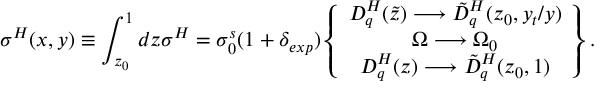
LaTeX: \sigma ^ { H } ( x , y ) \equiv \int _ { z _ { 0 } } ^ { 1 } d z \sigma ^ { H } = \sigma _ { 0 } ^ { s } ( 1 + \delta _ { e x p } ) \left\{ \begin{array} { c } { { D _ { q } ^ { H } ( \tilde { z } ) \longrightarrow \tilde { D } _ { q } ^ { H } ( z _ { 0 } , y _ { t } / y ) } } \\ { { \Omega \longrightarrow \Omega _ { 0 } } } \\ { { D _ { q } ^ { H } ( z ) \longrightarrow \tilde { D } _ { q } ^ { H } ( z _ { 0 } , 1 ) } } \end{array} \right\} .